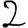
Digit: 2